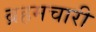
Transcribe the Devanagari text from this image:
ब्रहमचारी